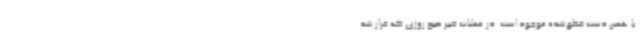
با همین دست قطع‌شده موجود است. در عملیات خیبر صبح روزی که قرار شد